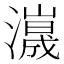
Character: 𤁑